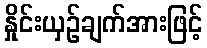
နှိုင်းယှဉ်ချက်အားဖြင့်